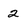
Character: 2